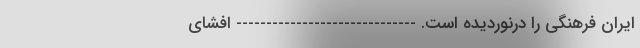
ایران فرهنگی را درنوردیده است. ------------------------------ افشای